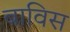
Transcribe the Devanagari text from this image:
बाविस